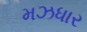
મઝધાર